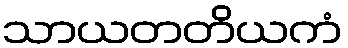
သာယတတိယကံ